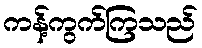
ကန့်ကွက်ကြသည်